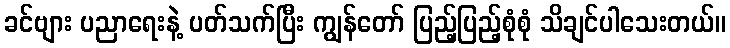
ခင်ဗျား ပညာရေးနဲ့ ပတ်သက်ပြီး ကျွန်တော် ပြည့်ပြည့်စုံစုံ သိချင်ပါသေးတယ်။